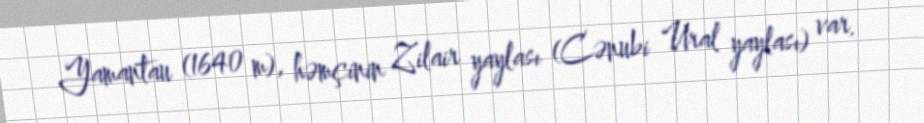
Yamantau (1640 m), həmçinin Zilair yaylası (Cənubi Ural yaylası) var.